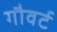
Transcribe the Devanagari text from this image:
गौवर्ट